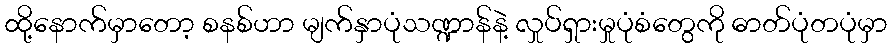
ထို့နောက်မှာတော့ စနစ်ဟာ မျက်နှာပုံသဏ္ဍာန်နဲ့ လှုပ်ရှားမှုပုံစံတွေကို ဓာတ်ပုံတပုံမှာ